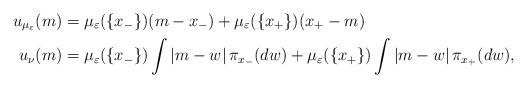
LaTeX: \begin{align*}u_{\mu_\varepsilon}(m) &= \mu_\varepsilon(\{x_-\})(m-x_-)+\mu_\varepsilon(\{x_+\})(x_+-m) \\ u_\nu(m)&=\mu_\varepsilon(\{x_-\})\int \vert m-w\vert \,\pi_{x_-}(dw)+\mu_\varepsilon(\{x_+\})\int \vert m-w\vert \,\pi_{x_+}(dw),\end{align*}